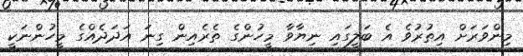
މިންވަރަށް އިތުރުވެ އެ ބަލީގައި ނިޔާވާ މީހުންގެ ތެރެއިން ގިނަ އަދަދެއްގެ މީހުންނަކީ